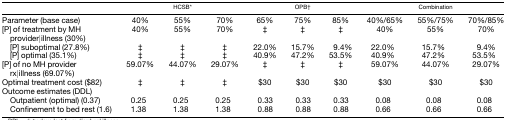
<table><thead><tr><td></td><td colspan="3"><b>HCSB*</b></td><td colspan="3"><b>OPB†</b></td><td colspan="3"><b>Combination</b></td></tr></thead><tbody><tr><td>Parameter (base case)</td><td>40%</td><td>55%</td><td>70%</td><td>65%</td><td>75%</td><td>85%</td><td>40%/65%</td><td>55%/75%</td><td>70%/85%</td></tr><tr><td>[P] of treatment by MH provider|illness (30%)</td><td>40%</td><td>55%</td><td>70%</td><td>‡</td><td>‡</td><td>‡</td><td>40%</td><td>55%</td><td>70%</td></tr><tr><td> [P] suboptimal (27.8%)</td><td>‡</td><td>‡</td><td>‡</td><td>22.0%</td><td>15.7%</td><td>9.4%</td><td>22.0%</td><td>15.7%</td><td>9.4%</td></tr><tr><td> [P] optimal (35.1%)</td><td>‡</td><td>‡</td><td>‡</td><td>40.9%</td><td>47.2%</td><td>53.5%</td><td>40.9%</td><td>47.2%</td><td>53.5%</td></tr><tr><td>[P] of no MH provider rx|illness (69.07%)</td><td>59.07%</td><td>44.07%</td><td>29.07%</td><td>‡</td><td>‡</td><td>‡</td><td>59.07%</td><td>44.07%</td><td>29.07%</td></tr><tr><td>Optimal treatment cost ($82)</td><td>‡</td><td>‡</td><td>‡</td><td>$30</td><td>$30</td><td>$30</td><td>$30</td><td>$30</td><td>$30</td></tr><tr><td>Outcome estimates (DDL)</td><td></td><td></td><td></td><td></td><td></td><td></td><td></td><td></td><td></td></tr><tr><td> Outpatient (optimal) (0.37)</td><td>0.25</td><td>0.25</td><td>0.25</td><td>0.33</td><td>0.33</td><td>0.33</td><td>0.08</td><td>0.08</td><td>0.08</td></tr><tr><td> Confinement to bed rest (1.6)</td><td>1.38</td><td>1.38</td><td>1.38</td><td>0.88</td><td>0.88</td><td>0.88</td><td>0.66</td><td>0.66</td><td>0.66</td></tr></tbody></table>